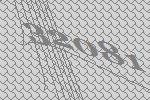
32081